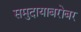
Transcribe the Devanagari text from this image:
समुदायाबरोबर